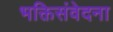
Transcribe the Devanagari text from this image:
भक्तिसंवेदना